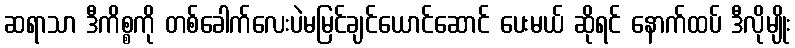
ဆရာသာ ဒီကိစ္စကို တစ်ခေါက်လေးပဲမမြင်ချင်ယောင်ဆောင် ပေးမယ် ဆိုရင် နောက်ထပ် ဒီလိုမျိုး